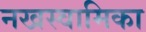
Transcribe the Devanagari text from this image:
नखस्वामिका